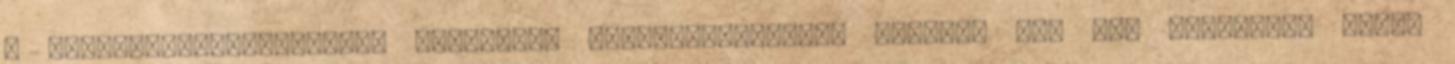
a komplexitáselméletből következő „káoszparadigma” totális meg nem értéséről tévén